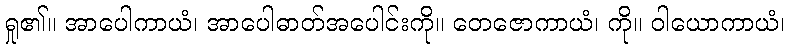
ရှု၏။ အာပေါကာယံ၊ အာပေါဓာတ်အပေါင်းကို။ တေဇောကာယံ၊ ကို။ ဝါယောကာယံ၊